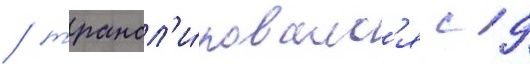
/ трансл'и́ровалс'я с 9